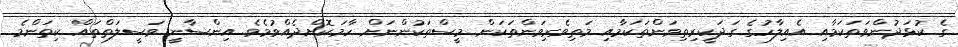
ގެ ކުޅަދުންވަތަކަމާއި އެއިލާހުގެ ގަދަކީރިތިވަންތަކަމާއި މަތިވެރިވަންތަކަން މީސްތަކުންނަށް ހާމަކޮށްދެއްވުމެވެ. އިންސާނީ ވަސީލަތްތައް ކިތަންމެ